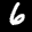
Label: 6